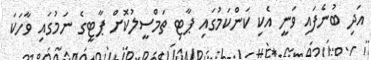
އަދި ބުނެފައި ވަނީ އެކި ކަންކަމުގައި ޕާޓި ތަމްސީލުކޮށް ޕާޓީގެ ނަމުގައި ވާހަކަ